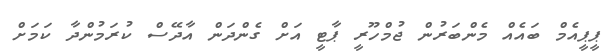
ޕީޕީއެމް ބައެއް މެންބަރުން ޖުމްހޫރީ ޕާޓީ އަށް ގެންދަން އާދޭސް ކުރަމުންދާ ކަމަށް